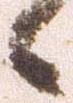
候